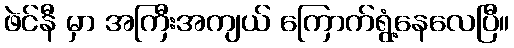
ဖဲင်နီ မှာ အကြီးအကျယ် ကြောက်ရွံ့နေလေပြီ။